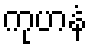
ကုဟနံ